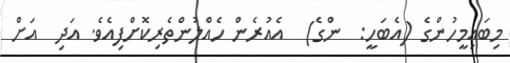
މިބައިމީހުންގެ (އެބަހީ:  ންގެ)  އެއުރެން ހެއްލުންތެރިކޮށްފިއެވެ. އަދި  އަށް